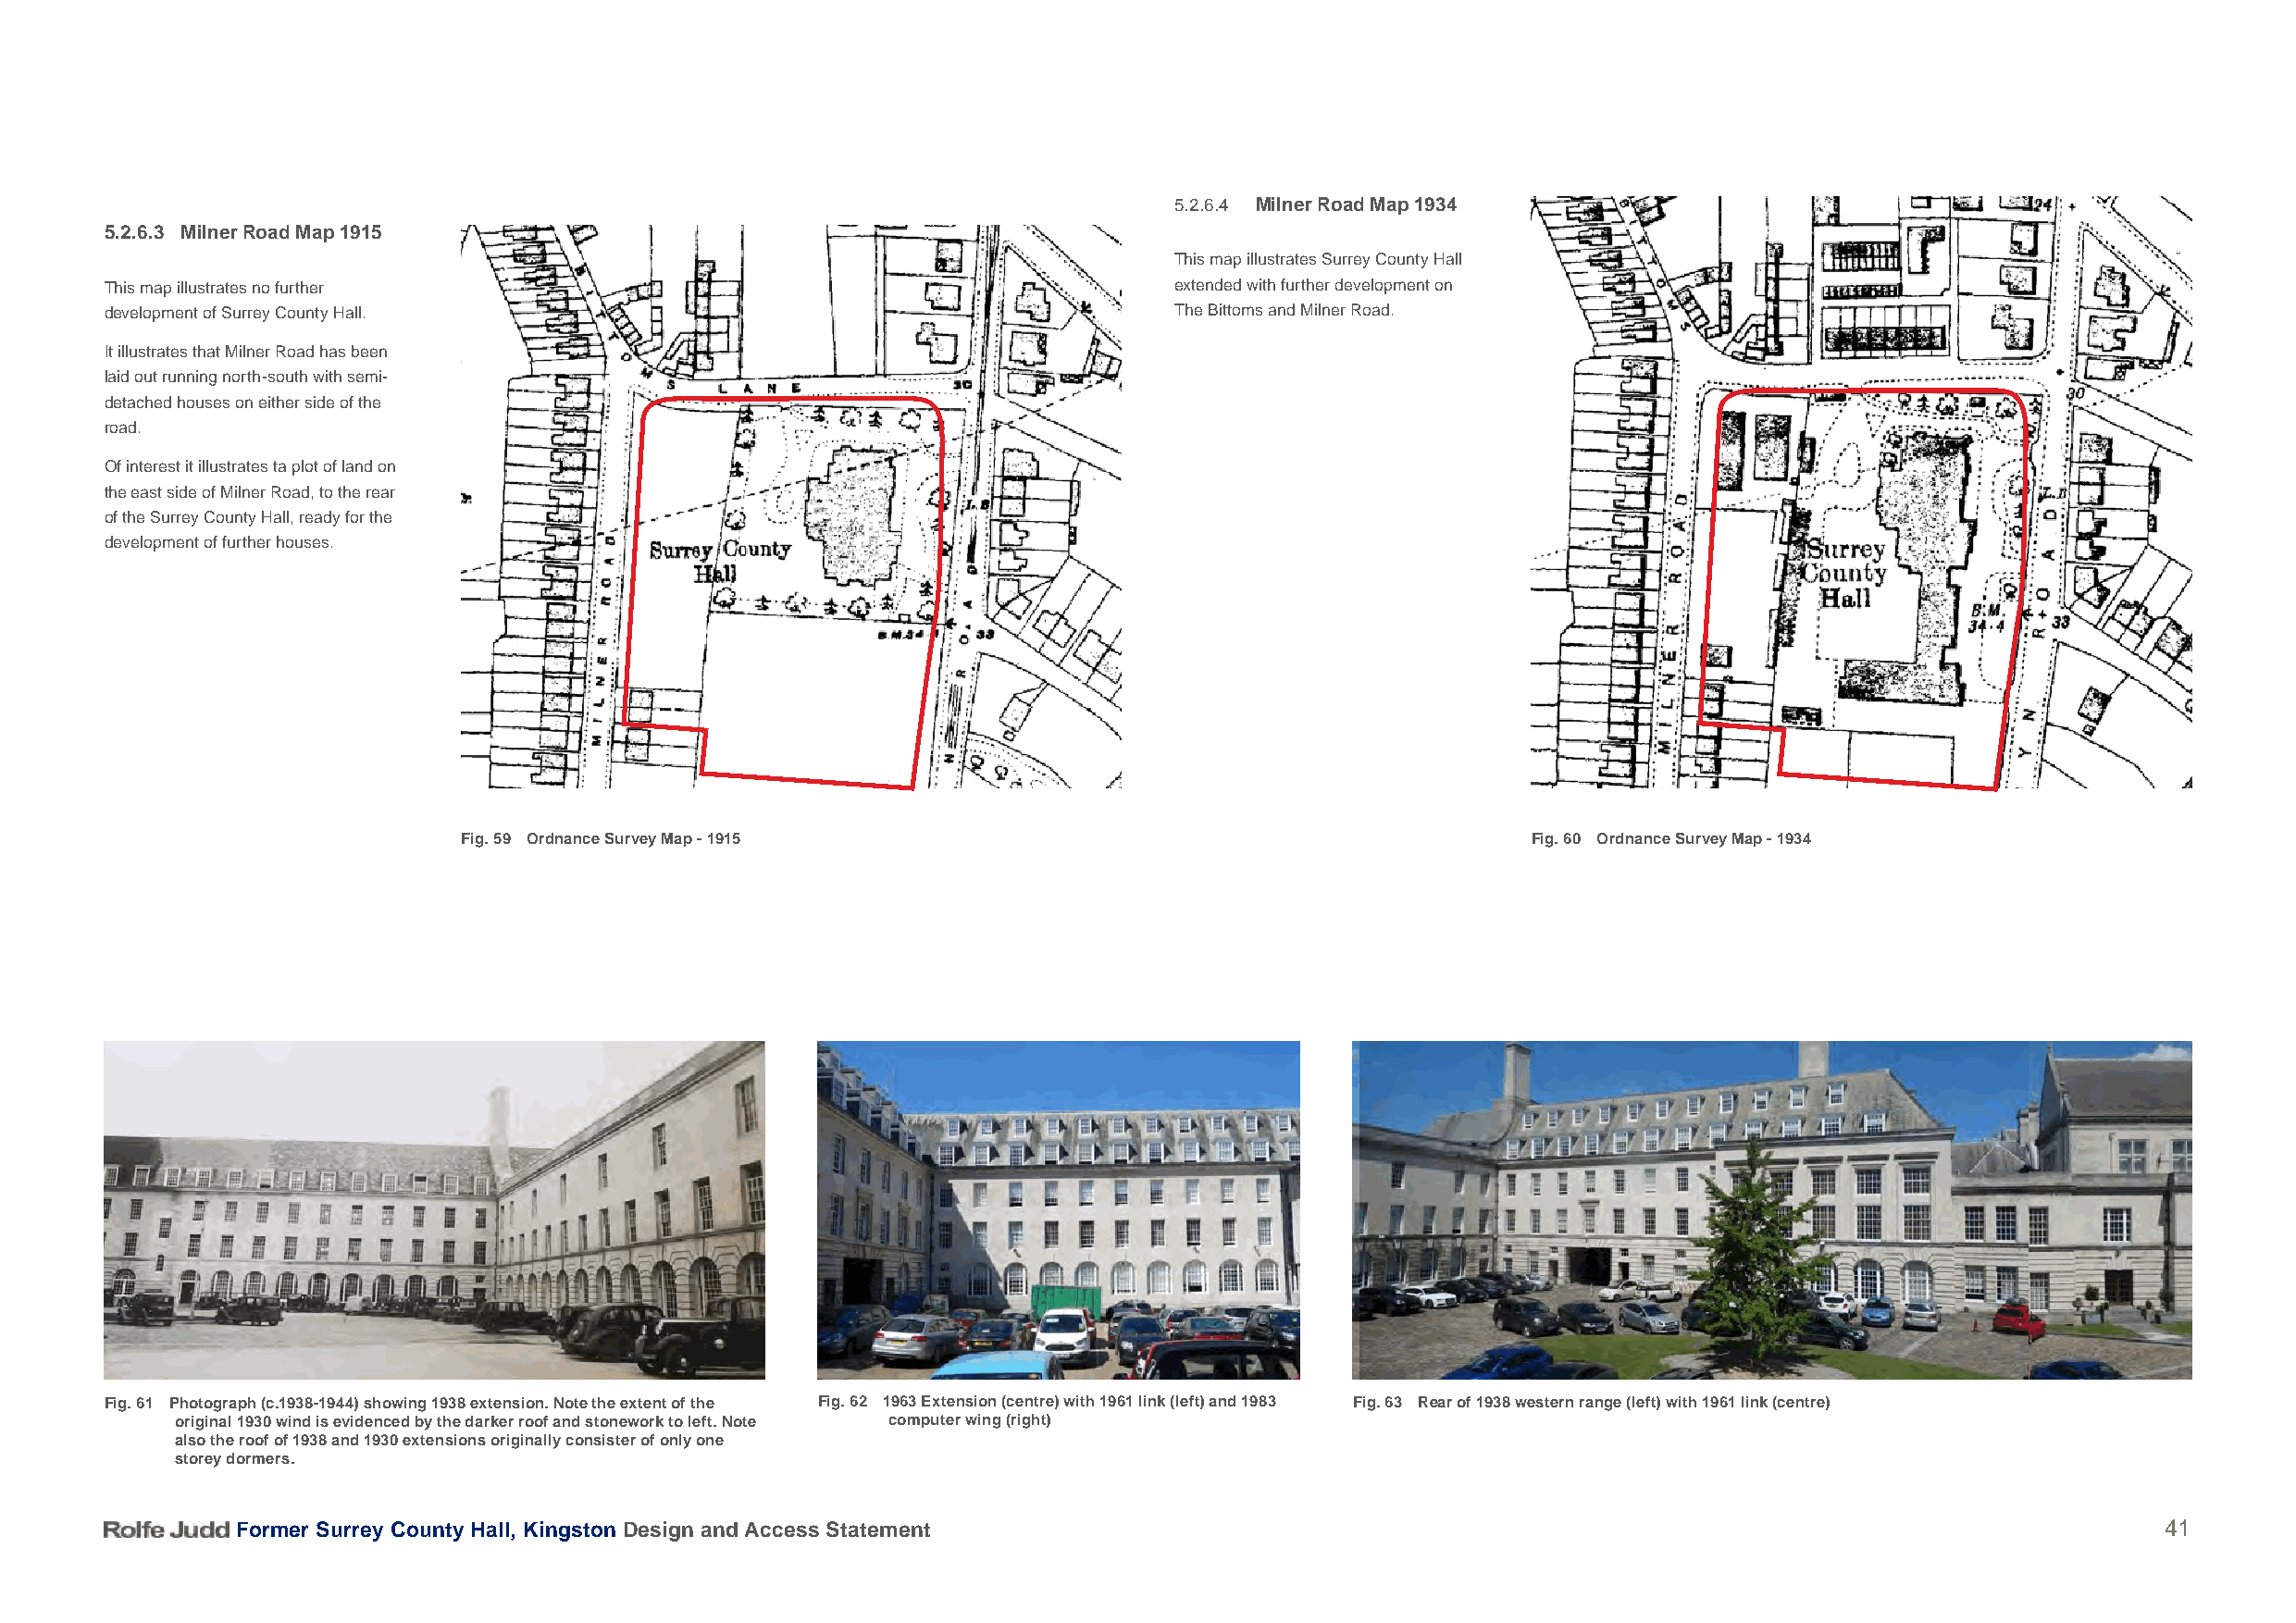
5.2.6.4 Milner Road Map 1934
 5.2.6.3 Milner Road Map 1915
 This map illustrates Surrey County Hall
 This map illustrates no further                                              extended with further development on
 development of Surrey County Hall.                                           The Bittoms and Milner Road.
 It illustrates that Milner Road has been
 laid out running north-south with semi-
 detached houses on either side of the
 road.
 Of interest it illustrates ta plot of land on
 the east side of Milner Road, to the rear
 of the Surrey County Hall, ready for the
 development of further houses.
 Fig. 59 Ordnance Survey Map - 1915                                           Fig. 60 Ordnance Survey Map - 1934
 1893
 1938    1961   1953 Rebuilt 1930
 Ashcombe
 1963
 Fig. 61 Photograph (c.1938-1944) showing 1938 extension. Note the extent of the Fig. 62 1963 Extension (centre) with 1961 link (left) and 1983 Fig. 63 Rear of 1938 western range (left) with 1961 link (centre)
 original 1930 wind is evidenced by the darker roof and stonework to left. Note computer wing (right)
 also the roof of 1938 and 1930 extensions originally consister of only one
 storey dormers.
 1893
 Former Surrey County Hall, Kingston Design and Access Statement                                                                           41
 1938       1961       1953 Rebuilt      1930
 Ashcombe
 1963